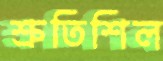
শ্রুতিশিল